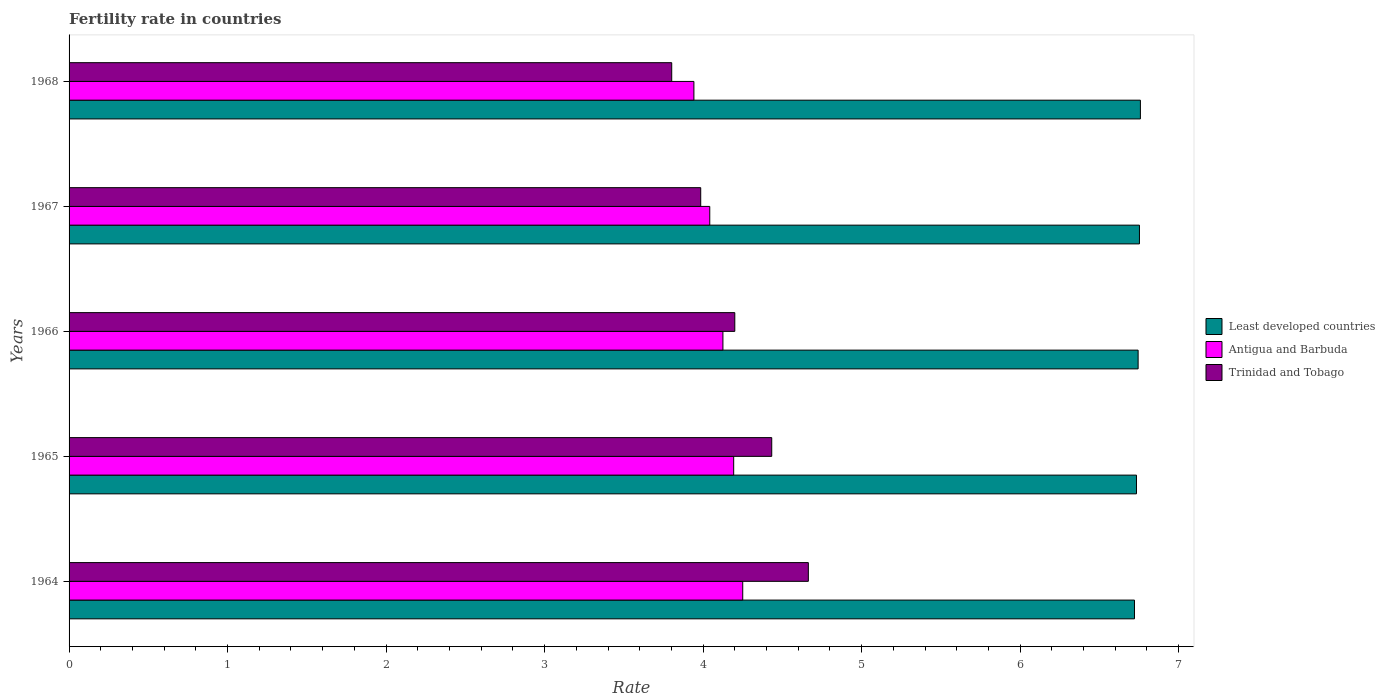
| Years | Least developed countries | Antigua and Barbuda | Trinidad and Tobago |
 | --- | --- | --- | --- |
 | 1964 | 6.72 | 4.25 | 4.66 |
 | 1965 | 6.73 | 4.19 | 4.43 |
 | 1966 | 6.74 | 4.12 | 4.2 |
 | 1967 | 6.75 | 4.04 | 3.98 |
 | 1968 | 6.76 | 3.94 | 3.8 |